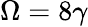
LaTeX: \Omega=8\gamma